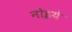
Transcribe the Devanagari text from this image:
नोइये